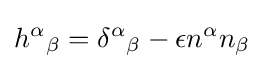
{h^{\alpha }}_{\beta }={\delta ^{\alpha }}_{\beta }-\epsilon n^{\alpha }n_{\beta }